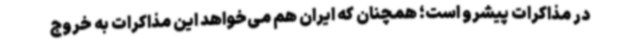
در مذاکرات پیشرو است؛ همچنان که ایران هم می‌خواهد این مذاکرات به خروج